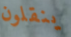
ينقلون